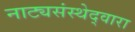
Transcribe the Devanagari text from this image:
नाट्यसंस्थेद्वारा